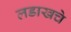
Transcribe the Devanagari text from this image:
लडाखचे